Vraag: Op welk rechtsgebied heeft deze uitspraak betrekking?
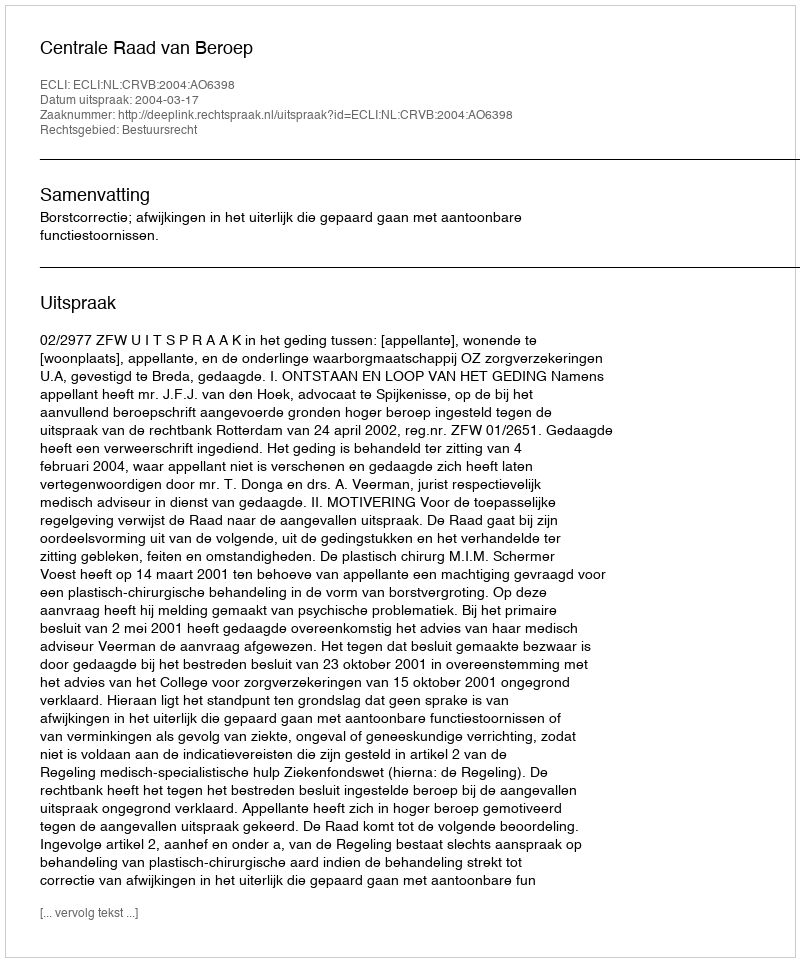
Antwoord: Bestuursrecht